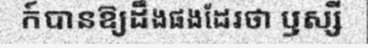
ក៍បានឱ្យដឹងផងដែរថា ឫស្សី